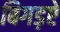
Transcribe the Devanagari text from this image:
बिगड़ऐ